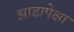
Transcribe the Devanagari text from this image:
झाडापेक्षा